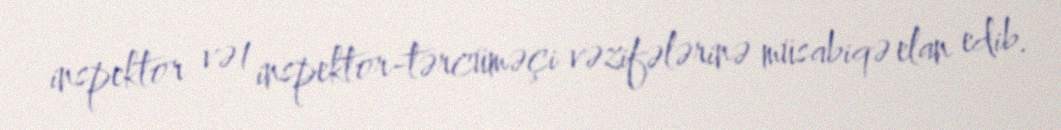
inspektor və 1 inspektor-tərcüməçi vəzifələrinə müsabiqə elan edib.